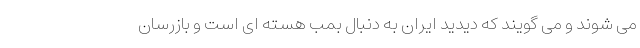
می شوند و می گویند که دیدید ایران به دنبال بمب هسته ای است و بازرسان